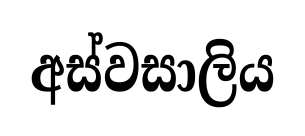
අස්වසාලිය